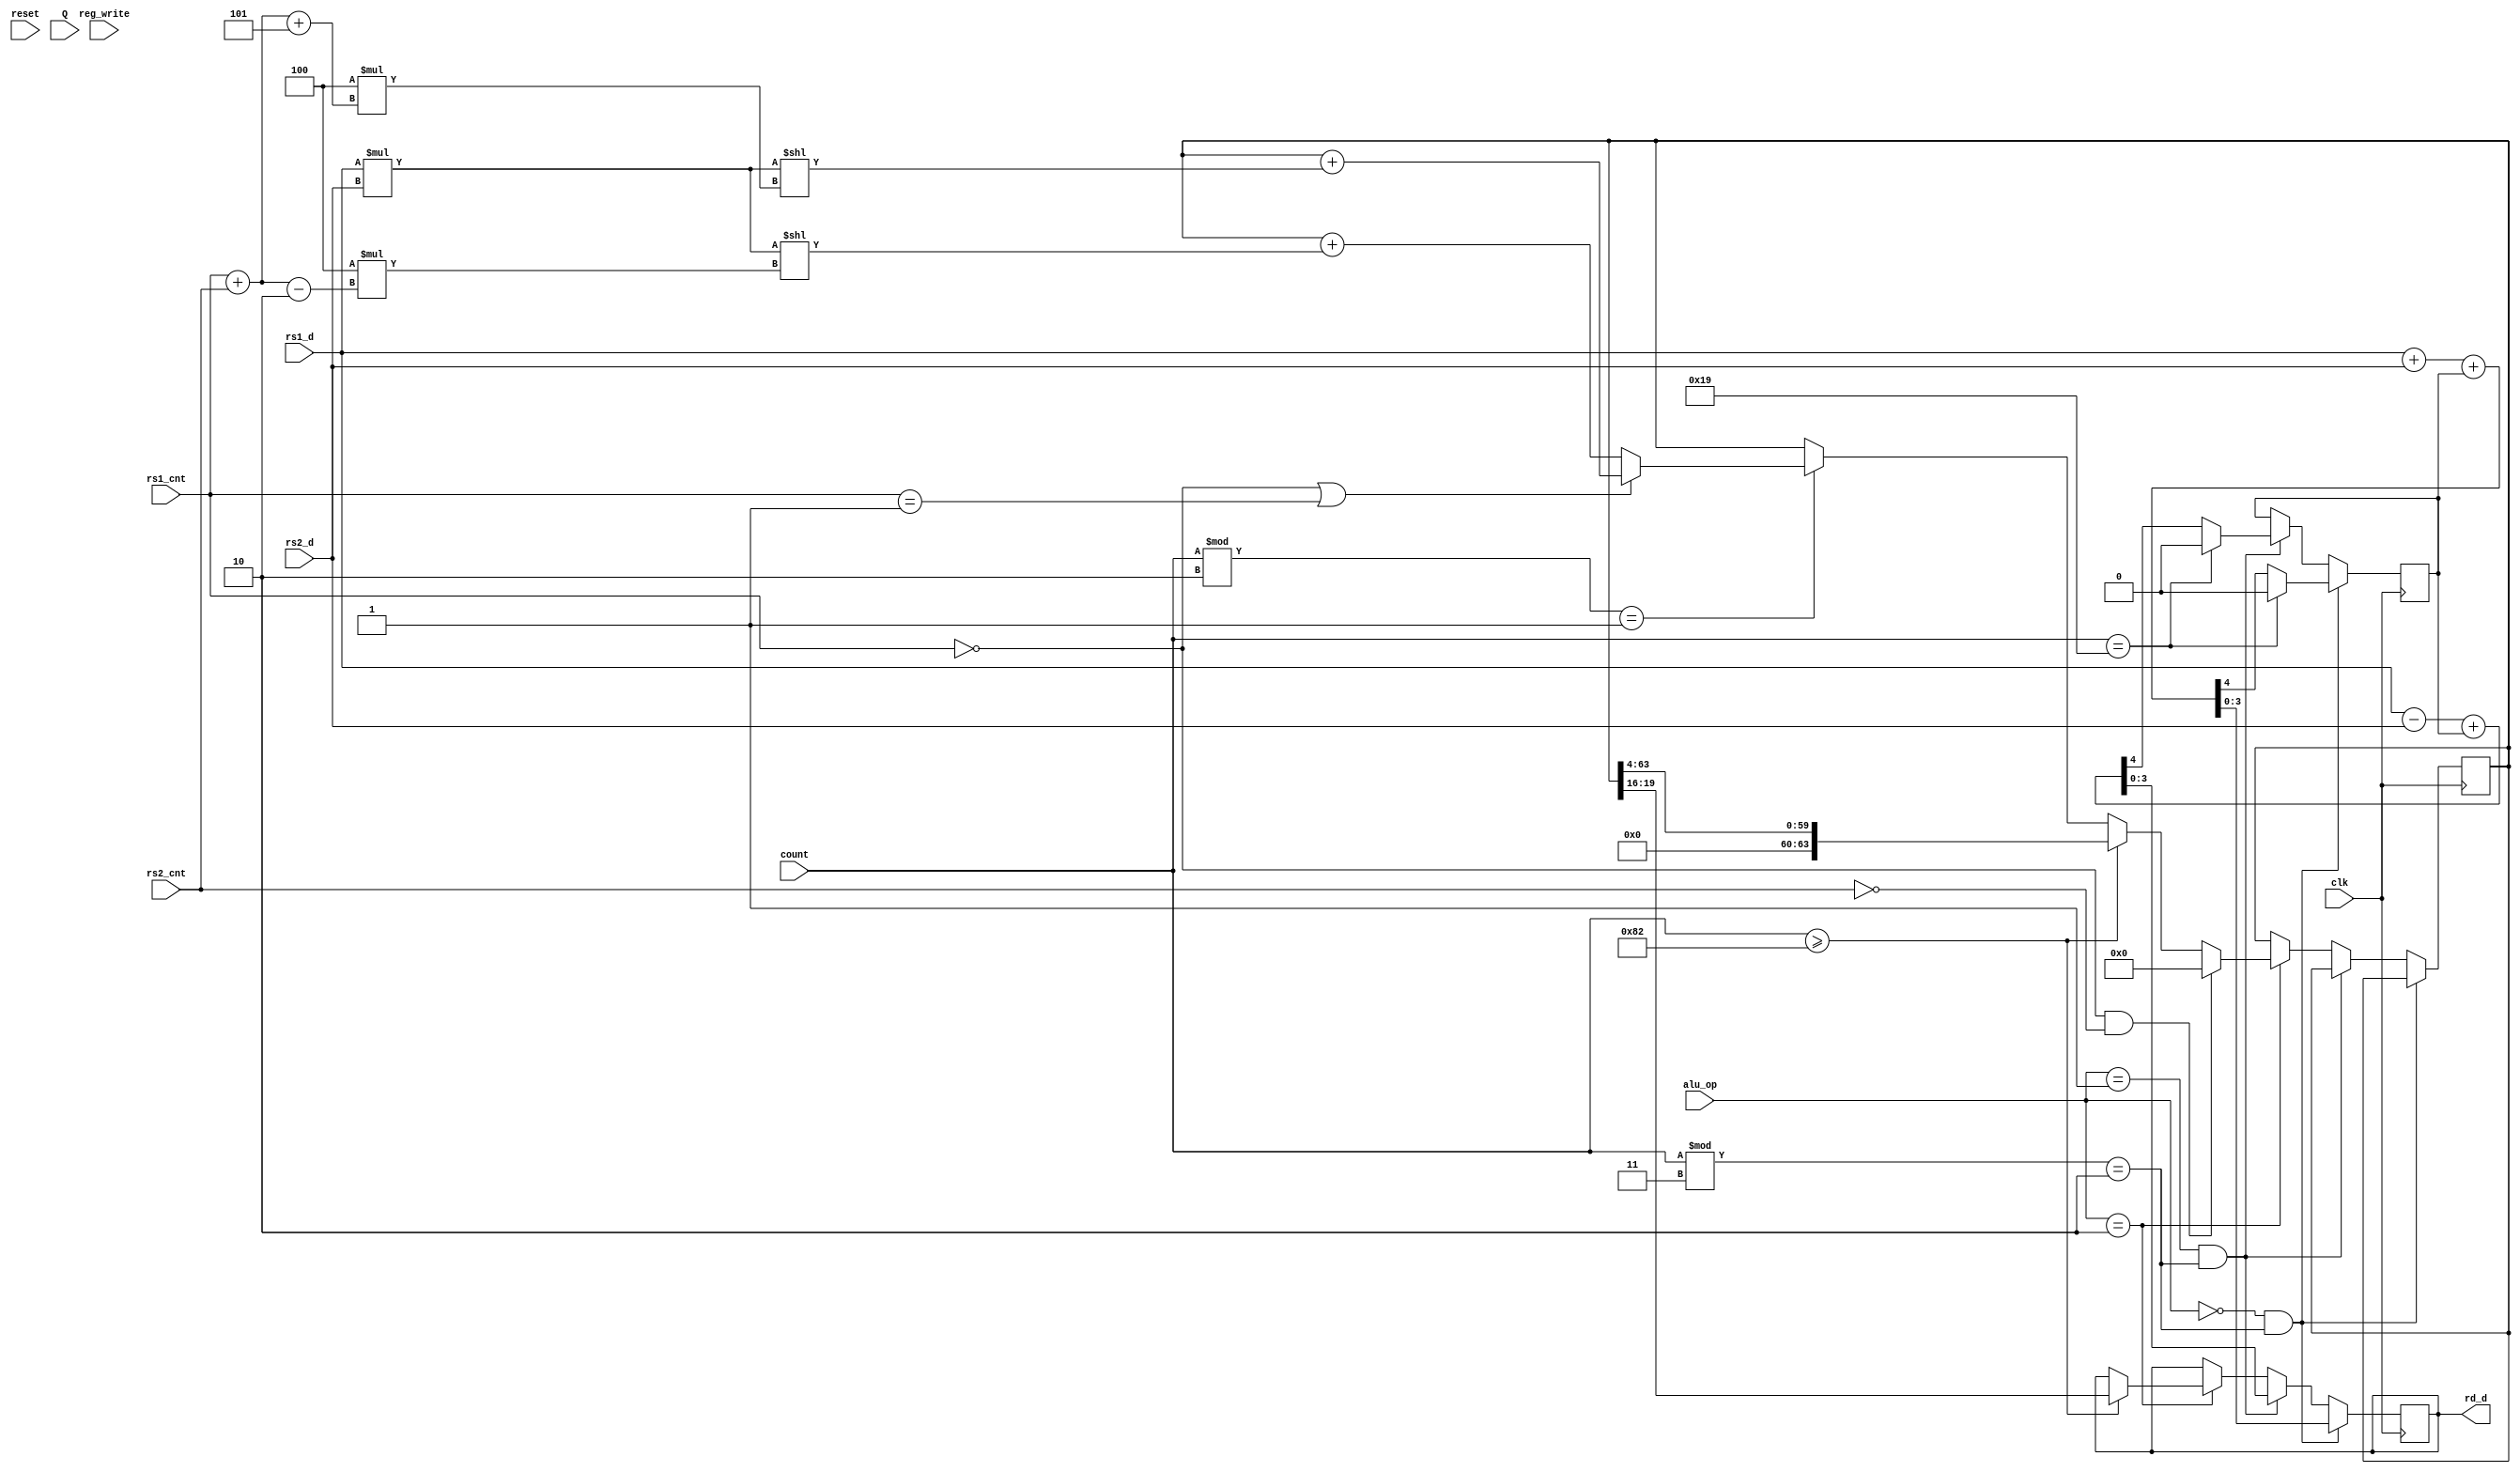
/*
 * Copyright (c) 2022, SPAR-Internal
 * All rights reserved.
 * 
 * Permission is hereby granted, free of charge, to any person obtaining a copy of
 * this software and associated documentation files (the "Software"), to deal in
 * the Software without restriction, including without limitation the rights to
 * use, copy, modify, merge, publish, distribute, sublicense, and/or sell copies
 * of the Software, and to permit persons to whom the Software is furnished to do
 * so, subject to the following conditions:
 * 
 * The above copyright notice and this permission notice shall be included in all
 * copies or substantial portions of the Software.
 * 
 * THE SOFTWARE IS PROVIDED "AS IS", WITHOUT WARRANTY OF ANY KIND, EXPRESS OR
 * IMPLIED, INCLUDING BUT NOT LIMITED TO THE WARRANTIES OF MERCHANTABILITY,
 * FITNESS FOR A PARTICULAR PURPOSE AND NONINFRINGEMENT. IN NO EVENT SHALL THE
 * AUTHORS OR COPYRIGHT HOLDERS BE LIABLE FOR ANY CLAIM, DAMAGES OR OTHER
 * LIABILITY, WHETHER IN AN ACTION OF CONTRACT, TORT OR OTHERWISE, ARISING FROM,
 * OUT OF OR IN CONNECTION WITH THE SOFTWARE OR THE USE OR OTHER DEALINGS IN THE
 * SOFTWARE.
 *
 */


`timescale 1ns / 1ps
//////////////////////////////////////////////////////////////////////////////////
// Company: 
// Engineer: 
// 
// Design Name: 
// Module Name: BitSliced_ALU
// Project Name: 
// Target Devices: 
// Tool Versions: 
// Description: 
// 
// Dependencies: 
// 
// Revision:
// Revision 0.01 - File Created
// Additional Comments:
// 
//////////////////////////////////////////////////////////////////////////////////


module BitSliced_ALU #(parameter LENGTH = 32, parameter Slice_Size = 4)
    (
        input clk,  
        input reset, 
        output reg [Slice_Size-1:0] rd_d,	//alu result will be written to rd (rd_d == rd data)  
        input[Slice_Size-1:0] rs1_d,  //data in from rs1
        input[Slice_Size-1:0] rs2_d, 	//data in from rs2
        input[3:0] alu_op,               //op code
        input[9:0] count,		       //signals sent to or from controller
        input reg_write,	         //signals sent to or from controller
        input[1:0] Q,
		input [31:0] rs1_cnt,
		input [31:0] rs2_cnt
        // LENGTH
    );
reg carry_borrow = 0;
reg [LENGTH * 2 - 1:0] acc_tmp = 0;
reg [2 * Slice_Size - 1 :0] mult_tmp = 0;


always @(posedge clk) //reg_write
begin
    if(alu_op == 0 && count % 3 == 2)
    begin
        {carry_borrow, rd_d} = rs1_d + rs2_d + carry_borrow;
        if(count == 3*(LENGTH/Slice_Size)+1)
        begin
            carry_borrow = 0;
        end
    end
    else if(alu_op == 1 && count % 3 == 2)
    begin
        {carry_borrow, rd_d} = rs1_d - rs2_d + carry_borrow;
        if(count == 3*(LENGTH/Slice_Size)+1)
        begin
            carry_borrow = 0;
        end
    end
    else if(alu_op == 2)
    begin
		if(count >= 2*(LENGTH/Slice_Size)*(LENGTH/Slice_Size)+2)
		begin
			rd_d = acc_tmp[LENGTH/2 + Slice_Size - 1 -: Slice_Size];
			acc_tmp = acc_tmp >> Slice_Size;
		end
		else
		begin
			if(count % 2 == 1)
			begin
				mult_tmp = (rs1_d * rs2_d);
				if(rs1_cnt == 0 || rs1_cnt == 1)
				begin
					acc_tmp = acc_tmp + (mult_tmp << (Slice_Size * ((rs1_cnt + rs2_cnt + (LENGTH/Slice_Size-3))))); //debug: removed +5
				end
				else
				begin
					acc_tmp = acc_tmp + (mult_tmp << (Slice_Size * ((rs1_cnt + rs2_cnt - 2)))); //debug: removed -2
				end
				
			end
		end
		if(rs1_cnt == 0 && rs2_cnt == 0)
		begin
			acc_tmp = 0;
		end
	end
end


endmodule